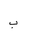
Letter: _ba